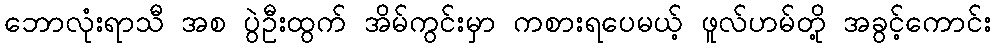
ဘောလုံးရာသီ အစ ပွဲဦးထွက် အိမ်ကွင်းမှာ ကစားရပေမယ့် ဖူလ်ဟမ်တို့ အခွင့်ကောင်း